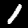
Digit: 1